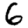
Digit: 6